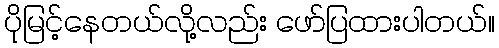
ပိုမြင့်နေတယ်လို့လည်း ဖော်ပြထားပါတယ်။